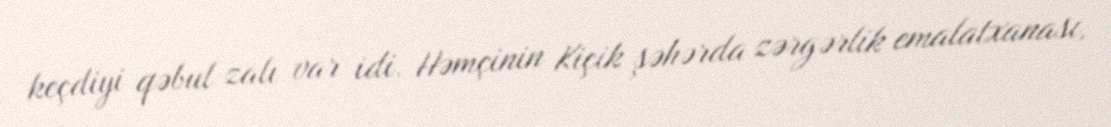
keçdiyi qəbul zalı var idi. Həmçinin Kiçik şəhərda zərgərlik emalatxanası,